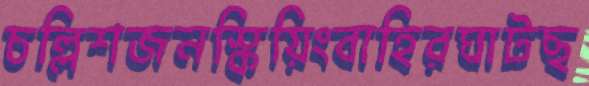
চল্লিশজনস্কিয়িংবাহিরঘাটছ